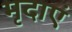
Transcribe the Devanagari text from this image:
मृदाएं